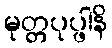
မုတ္တပုပ္ဖါနိ